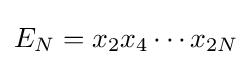
E_{N}=x_{2}x_{4}\cdots x_{2N}